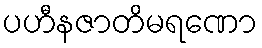
ပဟီနဇာတိမရဏော